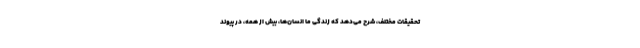
تحقیقات مختلف، شرح می‌دهد که زندگی ما انسان‌ها، بیش از همه، در پیوند